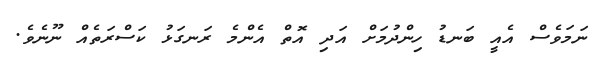
ނަމަވެސް އެއީ ބަނޑު ހިންދުމަށް އަދި އޮތް އެންމެ ރަނގަޅު ކަސްރަތެއް ނޫނެވެ.